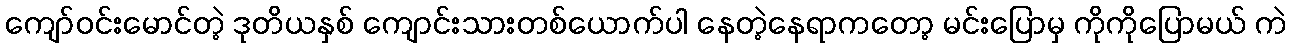
ကျော်ဝင်းမောင်တဲ့ ဒုတိယနှစ် ကျောင်းသားတစ်ယောက်ပါ နေတဲ့နေရာကတော့ မင်းပြောမှ ကိုကိုပြောမယ် ကဲ